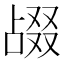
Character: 𫧴